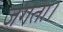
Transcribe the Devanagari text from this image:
जगता।